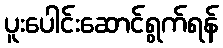
ပူးပေါင်းဆောင်ရွက်ရန်